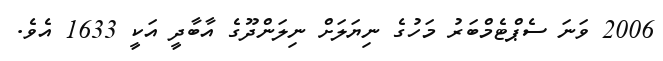
2006 ވަނަ ސެޕްޓެމްބަރު މަހުގެ ނިޔަލަށް ނިލަންދޫގެ އާބާދީ އަކީ 1633 އެވެ.